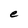
Character: e